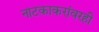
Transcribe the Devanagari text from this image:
नाटकाकरांवरही